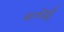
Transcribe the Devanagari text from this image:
कशेई